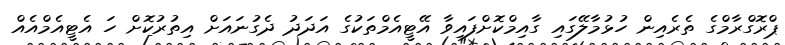
ޕްރޮގްރާމްގެ ތެރެއިން ހުޅުމާލޭގައި ގާއިމްކޮށްފައިވާ އޭޓީއެމްތަކުގެ އަދަދު ދެގުނައަށް އިތުރުކޮށް ހަ އެޓީއެމްއެއް